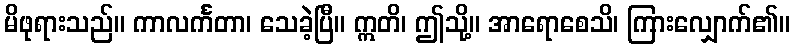
မိဖုရားသည်။ ကာလင်္ကတာ၊ သေခဲ့ပြီ။ ဣတိ၊ ဤသို့။ အာရောစေသိ၊ ကြားလျှောက်၏။